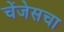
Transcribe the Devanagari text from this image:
चेंजेसचा